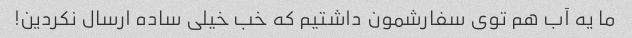
ما یه آب هم توی سفارشمون داشتیم که خب خیلی ساده ارسال نکردین!